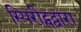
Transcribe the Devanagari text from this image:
स्पिरीट्सद्वारा